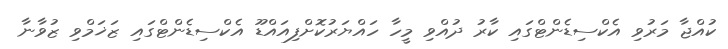
ކުއްޖާ މަރުވި އެކްސިޑެންޓްގައި ކާރު ދުއްވި މީހާ ހައްޔަރުކޮށްފިއައްޑޫ އެކްސިޑެންޓްގައި ޒަޚަމްވި ޒުވާނާ